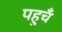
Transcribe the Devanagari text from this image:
पहुचँ